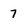
Character: 7